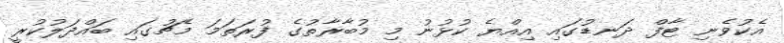
އެކުވެނި ޓާފް ދަނޑުގައި އިއްޔެ ކުޅުނު މި މުބާރާތުގެ ފުރަތަމަ މެޗުގައި ބައްދަލުކުރީ